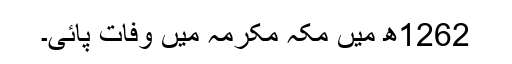
1262ھ میں مکہ مکرمہ میں وفات پائی۔